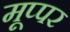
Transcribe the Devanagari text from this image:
मूप्पर